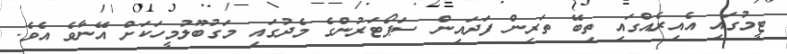
ޓީމުގައި އެއިރެއްގައި ތިބޭ ތަރިން ފަދައިން ސަޕޯޓަރުންގެ މެދުގައި މަގުބޫލުމީހަކަށް އޭނާވެ އެވެ.